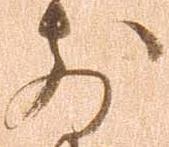
前